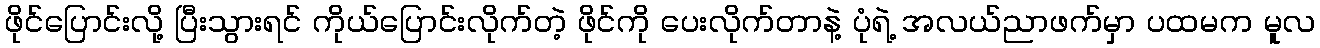
ဖိုင်ပြောင်းလို့ ပြီးသွားရင် ကိုယ်ပြောင်းလိုက်တဲ့ ဖိုင်ကို ပေးလိုက်တာနဲ့ ပုံရဲ့ အလယ်ညာဖက်မှာ ပထမက မူလ